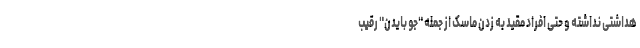
هداشتی نداشته و حتی افراد مقید به زدن ماسک از جمله "جو بایدن" رقیب